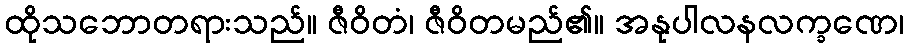
ထိုသဘောတရားသည်။ ဇီဝိတံ၊ ဇီဝိတမည်၏။ အနုပါလနလက္ခဏေ၊